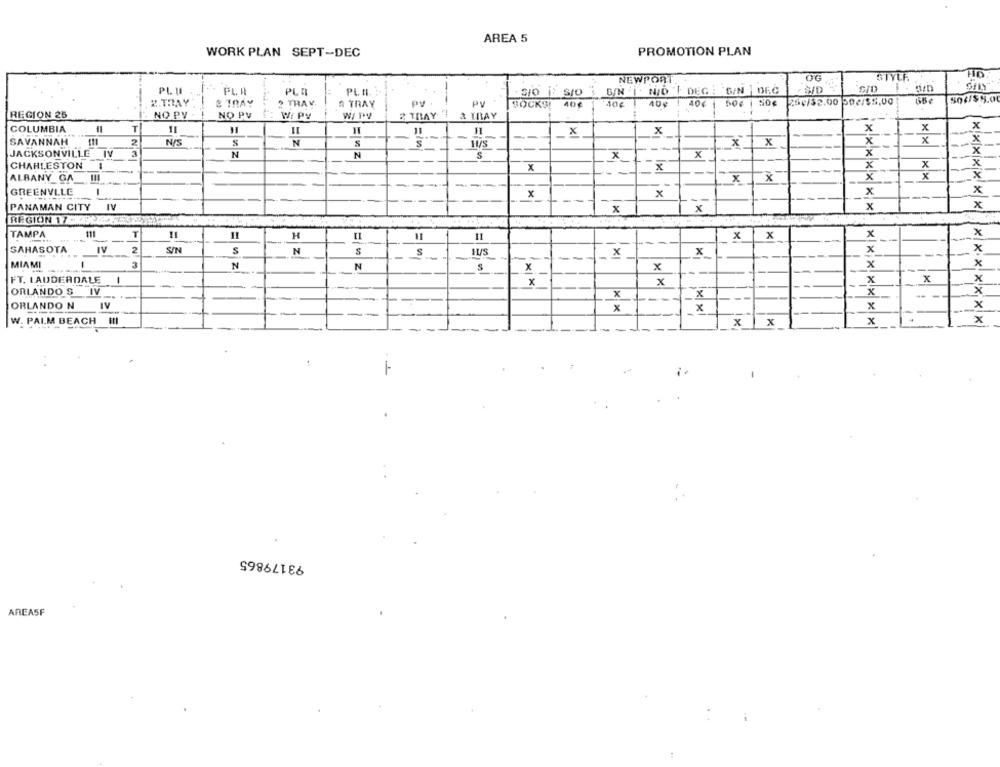
AREA 5
WORK PLAN SEPT-DEC
PROMOTION PLAN
NEWPORT
OG
PL I
PL R
PLE
PL HI
S/N | N/D'F DEG ; S/N DEC
S/D
SID I - S/D
504/$9.00
2.THAY
& TRAY
? TRAV.
# TRAY
PV .
PV
SOCKS! 40¢
40€
254/52.00 50€/$5.00
REGION 25
NO PY
NO PV
W: PV
2 TRAY
& THAY
COLUMBIA
T
11
11
11
X
x
x
x
x
x
SAVANNAH
2
N/S
N
$
x
x
x
x
JACKSONVILLE IV
N
N
x
x
x
1
S
CHARLESTON I
X
x
x
x
--
x
x
x
ALBANY_GA _!!!
---
x
GREENVILE
1
-
x
x
x
x
PANAMAN CITY IV
X
x
X
x
REGION 17-1962
TAMPA
11
H
H
X
X
x
x
--
SARASOTA
IV
2
S/N
S
N
S
x
X
x
x
-
-
MIAMI
-
N
N
x
x
x
X
x
FT. LAUDERDALE
.1
x
x
x
x
x
x
x
ORLANDO $ IV
--
-
ORLANDO N
IV
x
-1
x
x
x
--
W. PALM BEACH
x
x
x
x
93179865
AREASF